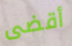
أقضى